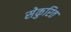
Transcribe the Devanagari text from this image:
सेकुरित